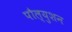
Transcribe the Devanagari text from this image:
पौल्युशन